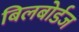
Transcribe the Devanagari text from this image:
बिलबोर्डज